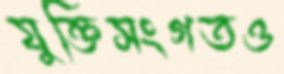
যুক্তিসংগতও